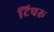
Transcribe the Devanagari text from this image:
टिपरू